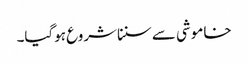
خاموشی سے سنناشروع ہوگیا۔